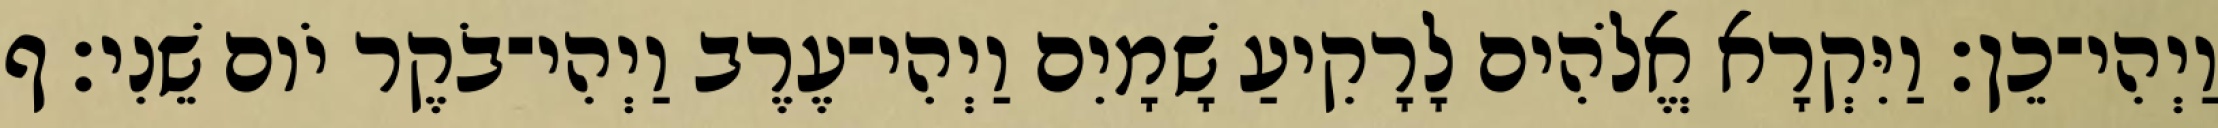
וַיְהִי־כֵן׃ וַיִּקְרָא אֱלֹהִים לָרָקִיעַ שָׁמָיִם וַיְהִי־עֶרֶב וַיְהִי־בֹקֶר יֹום שֵׁנִי׃ ף